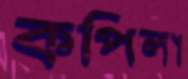
কপিলা